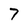
Character: 7